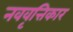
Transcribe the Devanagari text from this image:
नववृत्तिकार